Report of the Indian Hemp Drugs Commission, 1894-1895 - Volume IV
Year: 1894
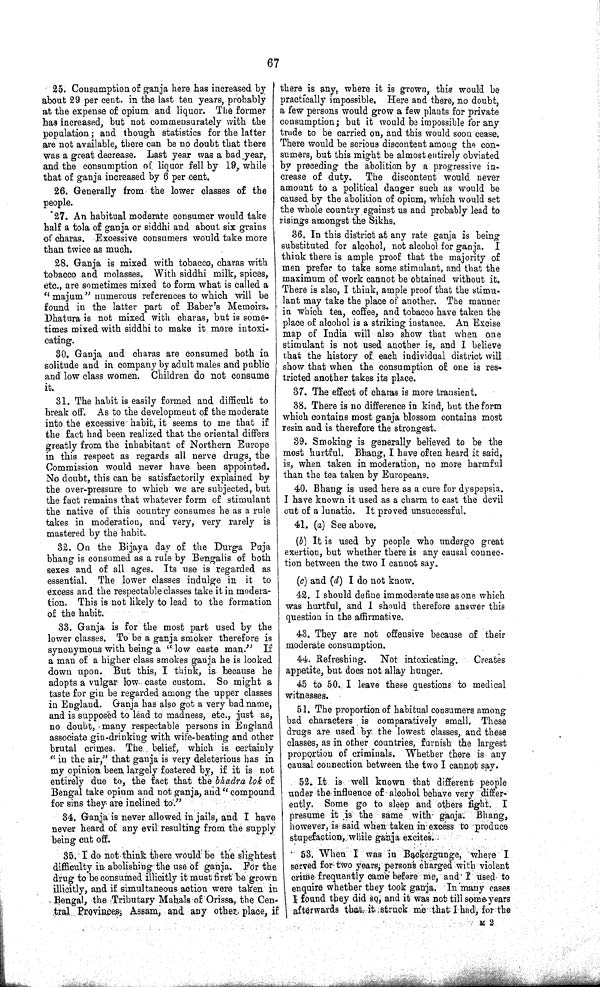
67
25. Consumption of ganja here has increased by
about 29 per cent. in the last ten years, probably
at the expense of opium and liquor. The former
has increased, but not commensurately with the
population; and though statistics for the latter
are not available, there can be no doubt that there
was a great decrease. Last year was a bad year,
and the consumption of liquor fell by 19, while
that of ganja increased by 6 per cent,
26. Generally from the lower classes of the
people.
27. An habitual moderate consumer would take
half a tola of ganja or siddhi and about six grains
of charas. Excessive consumers would take more
than twice as much.
28. Ganja is mixed with tobacco, charas with
tobacco and molasses. With siddhi milk, spices,
etc., are sometimes mixed to form what is called a
"majum" numerous references to which will be
found in the latter part of Baber's Memoirs.
Dhatura is not mixed with charas, but is some¬
times mixed with siddhi to make it more intoxi¬
cating.
30. Ganja and charas are consumed both in
solitude and in company by adult males and public
and low class women. Children do not consume
it.
31. The habit is easily formed and difficult to
break off. As to the development of the moderate
into the excessive habit, it seems to me that if
the fact had been realized that the oriental differs
greatly from the inhabitant of Northern Europe
in this respect as regards all nerve drugs, the
Commission would never have been appointed.
No doubt, this can be satisfactorily explained by
the over-pressure to which we are subjected, but
the fact remains that whatever form of stimulant
the native of this country consumes he as a rule
takes in moderation, and very, very rarely is
mastered by the habit.
32. On the Bijaya day of the Durga Puja
bhang is consumed as a rule by Bengalis of both
sexes and of all ages. Its use is regarded as
essential. The lower classes indulge in it to
excess and the respectable classes take it in modera¬
tion. This is not likely to lead to the formation
of the habit.
33. Ganja is for the most part used by the
lower classes. To be a ganja smoker therefore is
synonymous with being a "low caste man." If
a man of a higher class smokes ganja he is looked
down upon. But this, I think, is because he
adopts a vulgar low caste custom. So might a
taste for gin be regarded among the upper classes
in England. Ganja has also got a very bad name,
and is supposed to lead to madness, etc., just as,
no doubt, many respectable persons in England
associate gin-drinking with wife-beating and other
brutal crimes. The belief, which is certainly
"in the air," that ganja is very deleterious has in
my opinion been largely fostered by, if it is not
entirely due to, the fact that the bhadra lok of
Bengal take opium and not ganja, and "compound
for sins they are inclined to."
34. Ganja is never allowed in jails, and I have
never heard of any evil resulting from the supply
being cut off.
35. I do not think there would be the slightest
difficulty in abolishing the use of ganja. For the
drug to be consumed illicitly it must first be grown
illicitly, and if simultaneous action were taken in
Bengal, the Tributary Mahals of Orissa, the Cen-
tral Povinces, Assam, and any other, place, if
there is any, where it is grown, this would be
practically impossible. Here and there, no doubt,
a few persons would grow a few plants for private
consumption; but it would be impossible for any
trade to be carried on, and this would soon cease.
There would be serious discontent among the con¬
sumers, but this might be almost entirely obviated
by preceding the abolition by a progressive in¬
crease of duty. The discontent would never
amount to a political danger such as would be
caused by the abolition of opium, which would set
the whole country against us and probably lead to
rising's amongst the Sikhs.
36. In this district at any rate ganja is being
substituted for alcohol, not alcohol for ganja. I
think there is ample proof that the majority of
men prefer to take some stimulant, and that the
maximum of work cannot be obtained without it.
There is also, I think, ample proof that the stimu¬
lant may take the place of another. The manner
in which tea, coffee, and tobacco have taken the
place of alcohol is a striking instance. An Excise
map of India will also show that when one
stimulant is not used another is, and I believe
that the history of. each individual district will
show that when the consumption of one is res¬
tricted another takes its place.
37. The effect of charas is more transient.
38. There is no difference in kind, but the form
which contains most ganja blossom contains most
resin and is therefore the strongest.
39. Smoking is generally believed to be the
most hurtful. Bhang, I have often heard it said,
is, when taken in moderation, no more harmful
than the tea taken by Europeans.
40. Bhang is used here as a cure for dyspepsia.
I have known it used as a charm to cast the devil
out of a lunatic. It proved unsuccessful.
41. (a) See above.
(b) It is used by people who undergo great
exertion, but whether there is any causal connec¬
tion between the two I cannot say.
(c) and (d) I do not know.
42. I should define immoderate use as one which
was hurtful, and I should therefore answer this
question in the affirmative.
43. They are not offensive because of their
moderate consumption.
44. Refreshing. Not intoxicating. Creates
appetite, but does not allay hunger.
45 to 50. I leave these questions to medical
witnesses.
51. The proportion of habitual consumers among
bad characters is comparatively small. These
drugs are used by the lowest classes, and these
classes, as in other countries, furnish the largest
proportion of criminals. Whether there is any
causal connection between the two I cannot say.
52. It is well known that different people
under the influence of alcohol behave very differ¬
ently. Some go to sleep and others fight. I
presume it is the same with ganja. Bhang,
however, is said when taken in excess to produce
stupefaction, while ganja excites.
53. When I was in Backergunge, where I
served for two years, persons charged with violent
crime frequently came before me, and I used to
enquire whether they took ganja. In many cases
I found they did so, and it was not till some years
afterwards that it struck me that I had, for the
M 2